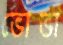
ভোভা